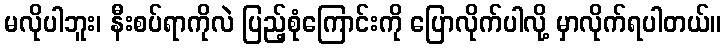
မလိုပါဘူး၊ နီးစပ်ရာကိုလဲ ပြည့်စုံကြောင်းကို ပြောလိုက်ပါလို့ မှာလိုက်ရပါတယ်။